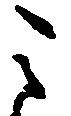
こ